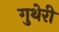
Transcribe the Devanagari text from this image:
गुथेरी